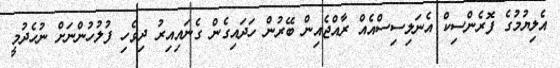
އެލިޔުމުގެ ފޮރެންސިކް އެނަލިސިސްއެއް ރާއްޖެއިން ބޭރުން ހަދައިގެން ގެނައިއިރު ދިވެހި ފުލުހުންނަށް ނުހެދުމީ